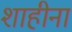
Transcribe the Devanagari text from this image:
शाहीना